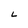
Character: L